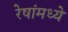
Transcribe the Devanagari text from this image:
रेषांमध्ये